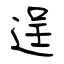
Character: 逞